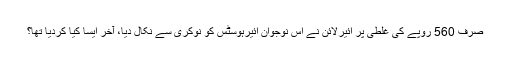
صرف 560 روپے کی غلطی پر ائیرلائن نے اس نوجوان ائیرہوسٹس کو نوکری سے نکال دیا، آخر ایسا کیا کردیا تھا؟